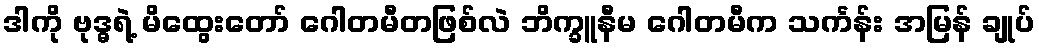
ဒါကို ဗုဒ္ဓရဲ့ မိထွေးတော် ဂေါတမီတဖြစ်လဲ ဘိက္ခူနီမ ဂေါတမီက သင်္ကန်း အမြန် ချုပ်